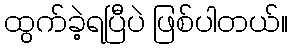
ထွက်ခဲ့ရပြီပဲ ဖြစ်ပါတယ်။